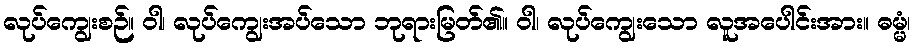
လုပ်ကျွေးစဉ်။ ဝါ၊ လုပ်ကျွေးအပ်သော ဘုရားမြတ်၏။ ဝါ၊ လုပ်ကျွေးသော လူအပေါင်းအား။ ဓမ္မံ၊